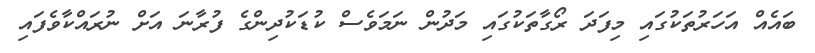
ބައެއް އަހަރުތަކުގައި މިފަދަ ރޯގާތަކުގައި މަދުން ނަމަވެސް ކުޑަކުދިންގެ ފުރާނަ އަށް ނުރައްކާވެފައި